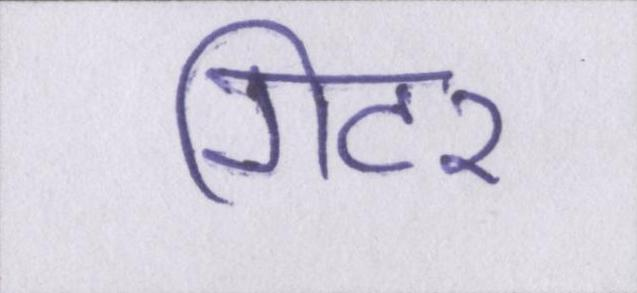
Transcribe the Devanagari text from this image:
गिटर